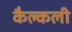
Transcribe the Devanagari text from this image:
कैल्कली